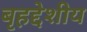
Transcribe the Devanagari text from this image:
बृहद्देशीय